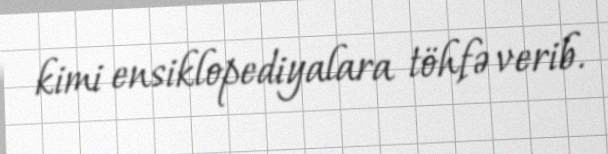
kimi ensiklopediyalara töhfə verib.